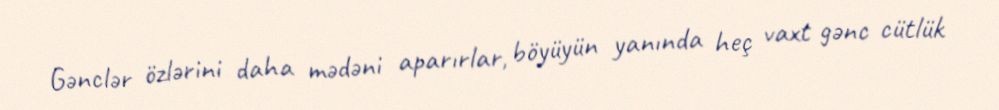
Gənclər özlərini daha mədəni aparırlar, böyüyün yanında heç vaxt gənc cütlük